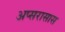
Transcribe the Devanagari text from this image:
अप्सरासास